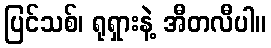
ပြင်သစ်၊ ရုရှားနဲ့ အီတလီပါ။